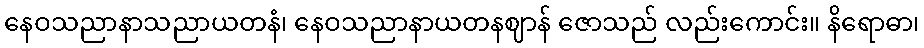
နေဝသညာနာသညာယတနံ၊ နေဝသညာနာယတနဈာန် ဇောသည် လည်းကောင်း။ နိရောဓာ၊